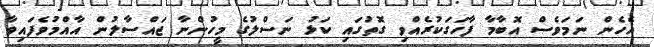
އެހެން ނަމަވެސް އޮބާމާ ފާހަގަކުރެއްވި ގޮތުގައި ކަޅު ނަސްލުގެ މީހުންނާ ޖައްސާލުން އާއްމުވެފައިވާ